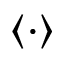
\langle \cdot \rangle